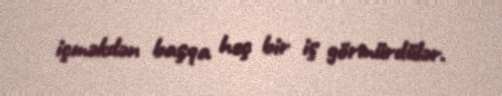
içməkdən başqa heç bir iş görmürdülər.